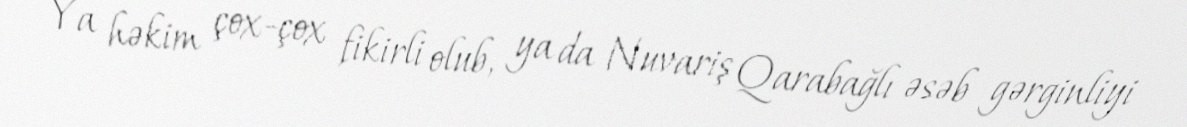
Ya həkim çox-çox fikirli olub, ya da Nuvariş Qarabağlı əsəb gərginliyi